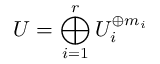
\displaystyle U = \bigoplus _ { i = 1 } ^ { r } U _ { i } ^ { \oplus m _ { i } }